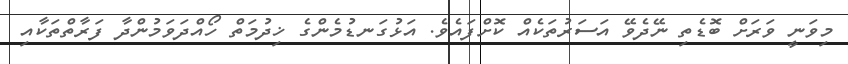
މިވަނީ ވަރަށް ބޮޑެތި ނޭދެވޭ އަސަރުތަކެއް ކޮށްފައެވެ. އަޅުގަނޑުމެންގެެ ޚިދުމަތް ހޯއްދަވަމުންދާ ފަރާތްތަކާއި